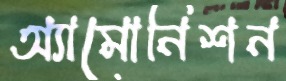
অ্যামোনিশন